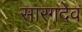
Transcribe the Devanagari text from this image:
सारगदेव